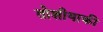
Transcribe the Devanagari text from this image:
तोशीयाकी